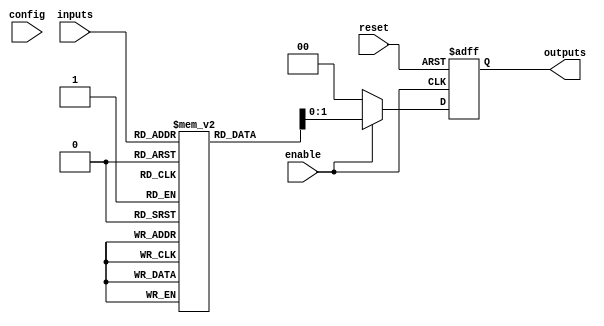
module CLB (
    input  wire [N-1:0] inputs,         // Input signals
    input  wire [M-1:0] config,         // Configuration inputs for LUT
    input  wire enable,                  // Enable signal
    input  wire reset,                   // Reset signal
    output reg  [P-1:0] outputs          // Output signals
);

// Parameter declarations
parameter N = 4;                       // Number of input signals
parameter M = 16;                      // Number of configuration bits for LUT (2^N)
parameter P = 2;                       // Number of output signals

// Internal signal declaration
reg [M-1:0] lut [0:2**N-1];            // LUT configuration
reg [P-1:0] lut_output;                // LUT output

// Initialize LUT with desired logic functions (example)
initial begin
    lut[0]  = 4'b0000; // 0
    lut[1]  = 4'b0001; // A
    lut[2]  = 4'b0010; // B
    lut[3]  = 4'b0011; // A + B
    lut[4]  = 4'b0100; // A & B
    // Add more configurations as needed
end

// Combinational logic implementation
always @(*) begin
    if (enable) begin
        // Select LUT output based on input signals
        lut_output = lut[inputs];
    end else begin
        lut_output = {P{1'b0}}; // Default output when not enabled
    end
end

// Output assignment with isolation feature
always @(posedge reset or posedge enable) begin
    if (reset) begin
        outputs <= {P{1'b0}}; // Reset outputs to 0
    end else if (enable) begin
        outputs <= lut_output; // Assign LUT output to outputs
    end
end

endmodule